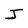
Character: J